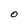
Character: O